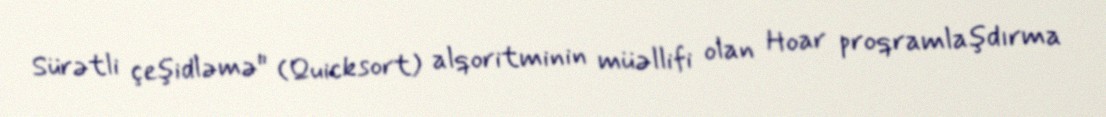
Sürətli çeşidləmə" (Quicksort) alqoritminin müəllifi olan Hoar proqramlaşdırma